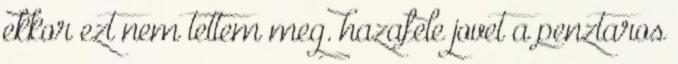
ekkor ezt nem tettem meg. hazafele jovet a penztaros